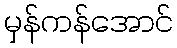
မှန်ကန်အောင်